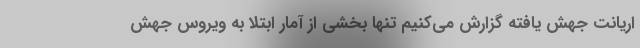
اریانت جهش یافته گزارش می‌کنیم تنها بخشی از آمار ابتلا به ویروس جهش